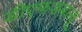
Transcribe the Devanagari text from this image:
डीएफडबल्‍यू